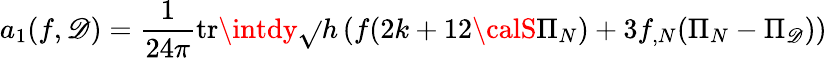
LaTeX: a_{1}(f,\mathscr{D})=\frac{1}{{24\pi}}\mathrm{{tr}}\intdy\sqrt{}{{h}}\left(f(2k+12{\calS}\Pi_{N})+3f_{,N}(\Pi_{N}-\Pi_{\mathscr{D}})\right)